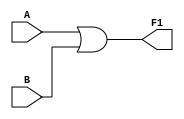
module submodule_hw_8_c_or(
    output wire F1,
    input wire A,B
);
or U0 (F1, A, B);
endmodule